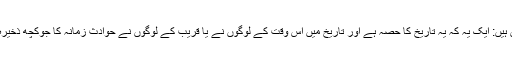
جس کی دو وجہیں ہیں: ایک یہ کہ یہ تاریخ کا حصہ ہے اور تاریخ میں اس وقت کے لوگوں نے یا قریب کے لوگوں نے حوادثِ زمانہ کا جوکچھ ذخیرہ جمع کیا ہوتا ہے۔